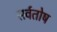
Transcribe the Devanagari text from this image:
सर्वतोष